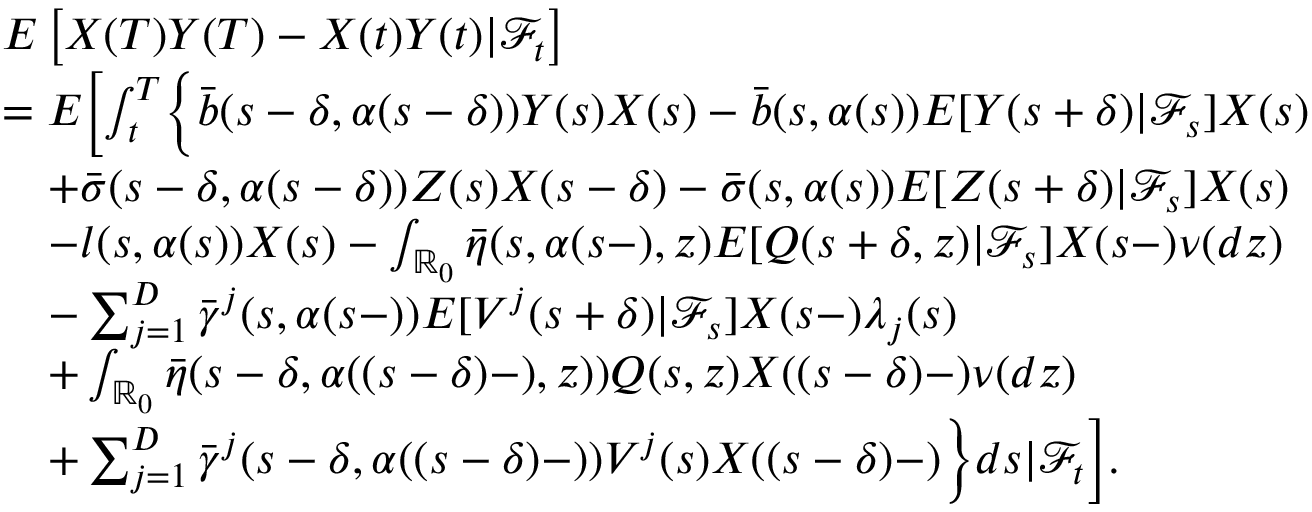
\begin{array} { r l } & { E \left[ X ( T ) Y ( T ) - X ( t ) Y ( t ) | \mathcal { F } _ { t } \right] } \\ & { = E \biggl [ \int _ { t } ^ { T } \biggl \{ \bar { b } ( s - \delta , \alpha ( s - \delta ) ) Y ( s ) X ( s ) - \bar { b } ( s , \alpha ( s ) ) E [ Y ( s + \delta ) | \mathcal { F } _ { s } ] X ( s ) } \\ & { \quad + \bar { \sigma } ( s - \delta , \alpha ( s - \delta ) ) Z ( s ) X ( s - \delta ) - \bar { \sigma } ( s , \alpha ( s ) ) E [ Z ( s + \delta ) | \mathcal { F } _ { s } ] X ( s ) } \\ & { \quad - l ( s , \alpha ( s ) ) X ( s ) - \int _ { \mathbb { R } _ { 0 } } \bar { \eta } ( s , \alpha ( s - ) , z ) E [ Q ( s + \delta , z ) | \mathcal { F } _ { s } ] X ( s - ) \nu ( d z ) } \\ & { \quad - \sum _ { j = 1 } ^ { D } \bar { \gamma } ^ { j } ( s , \alpha ( s - ) ) E [ V ^ { j } ( s + \delta ) | \mathcal { F } _ { s } ] X ( s - ) \lambda _ { j } ( s ) } \\ & { \quad + \int _ { \mathbb { R } _ { 0 } } \bar { \eta } ( s - \delta , \alpha ( ( s - \delta ) - ) , z ) ) Q ( s , z ) X ( ( s - \delta ) - ) \nu ( d z ) } \\ & { \quad + \sum _ { j = 1 } ^ { D } \bar { \gamma } ^ { j } ( s - \delta , \alpha ( ( s - \delta ) - ) ) V ^ { j } ( s ) X ( ( s - \delta ) - ) \biggr \} d s | \mathcal { F } _ { t } \biggr ] . } \end{array}